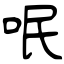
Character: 呡